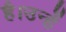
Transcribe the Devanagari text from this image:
है।उन्हें